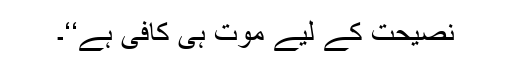
نصیحت کے لیے موت ہی کافی ہے‘‘۔